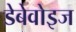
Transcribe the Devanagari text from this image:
डेबेवोइज